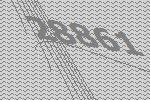
28861